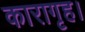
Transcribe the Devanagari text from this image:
कारागृह।